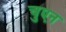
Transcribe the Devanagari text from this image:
चुएन